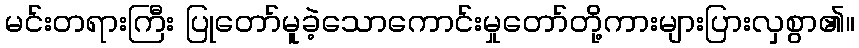
မင်းတရားကြီး ပြုတော်မူခဲ့သောကောင်းမှုတော်တို့ကားများပြားလှစွာ၏။